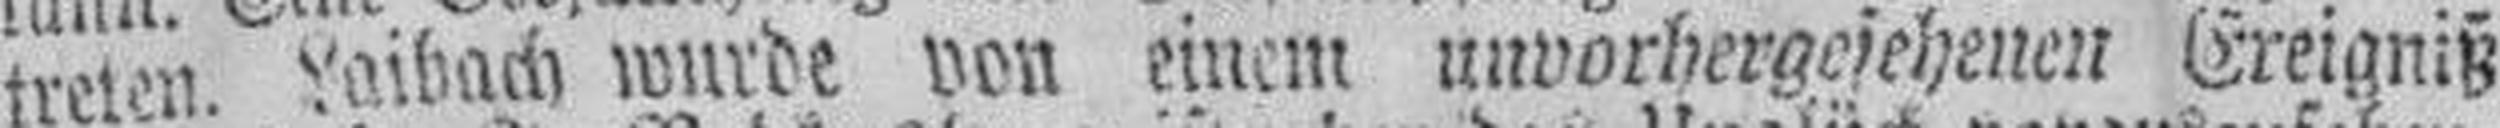
treten. Laibach wurde von einem unvorhergesehenen Ereigniß